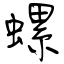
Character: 螺